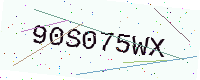
Text: 90S075WX